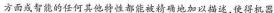
方面或智能的任何其他特性都能被精确地加以描述，使得机器